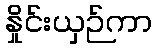
နှိုင်းယှဉ်ကာ